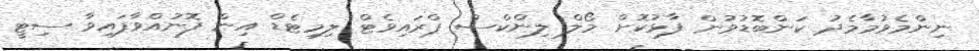
ނިންމެވުމާމެދު ކަންބޮޑުވުން ފާޅުކޮށް މޯލް ލިންކްސް ޕްރައިވެޓް ލިމިޓެޑް އިން ފޮނުއްވާފައިވާ ސިޓީ